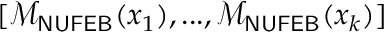
[ \mathcal { M } _ { \sf N U F E B } ( x _ { 1 } ) , . . . , \mathcal { M } _ { \sf N U F E B } ( x _ { k } ) ]